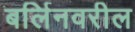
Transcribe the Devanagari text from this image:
बर्लिनवरील